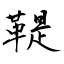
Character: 鞮